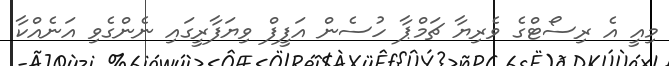
މިއީ އެ ރިސޯޓްގެ ވެރިޔާ ޗަމްޕާ ހުސެން އަފީފް ވިޔަފާރީގައި ނެންގެވި އަނެއްކާ